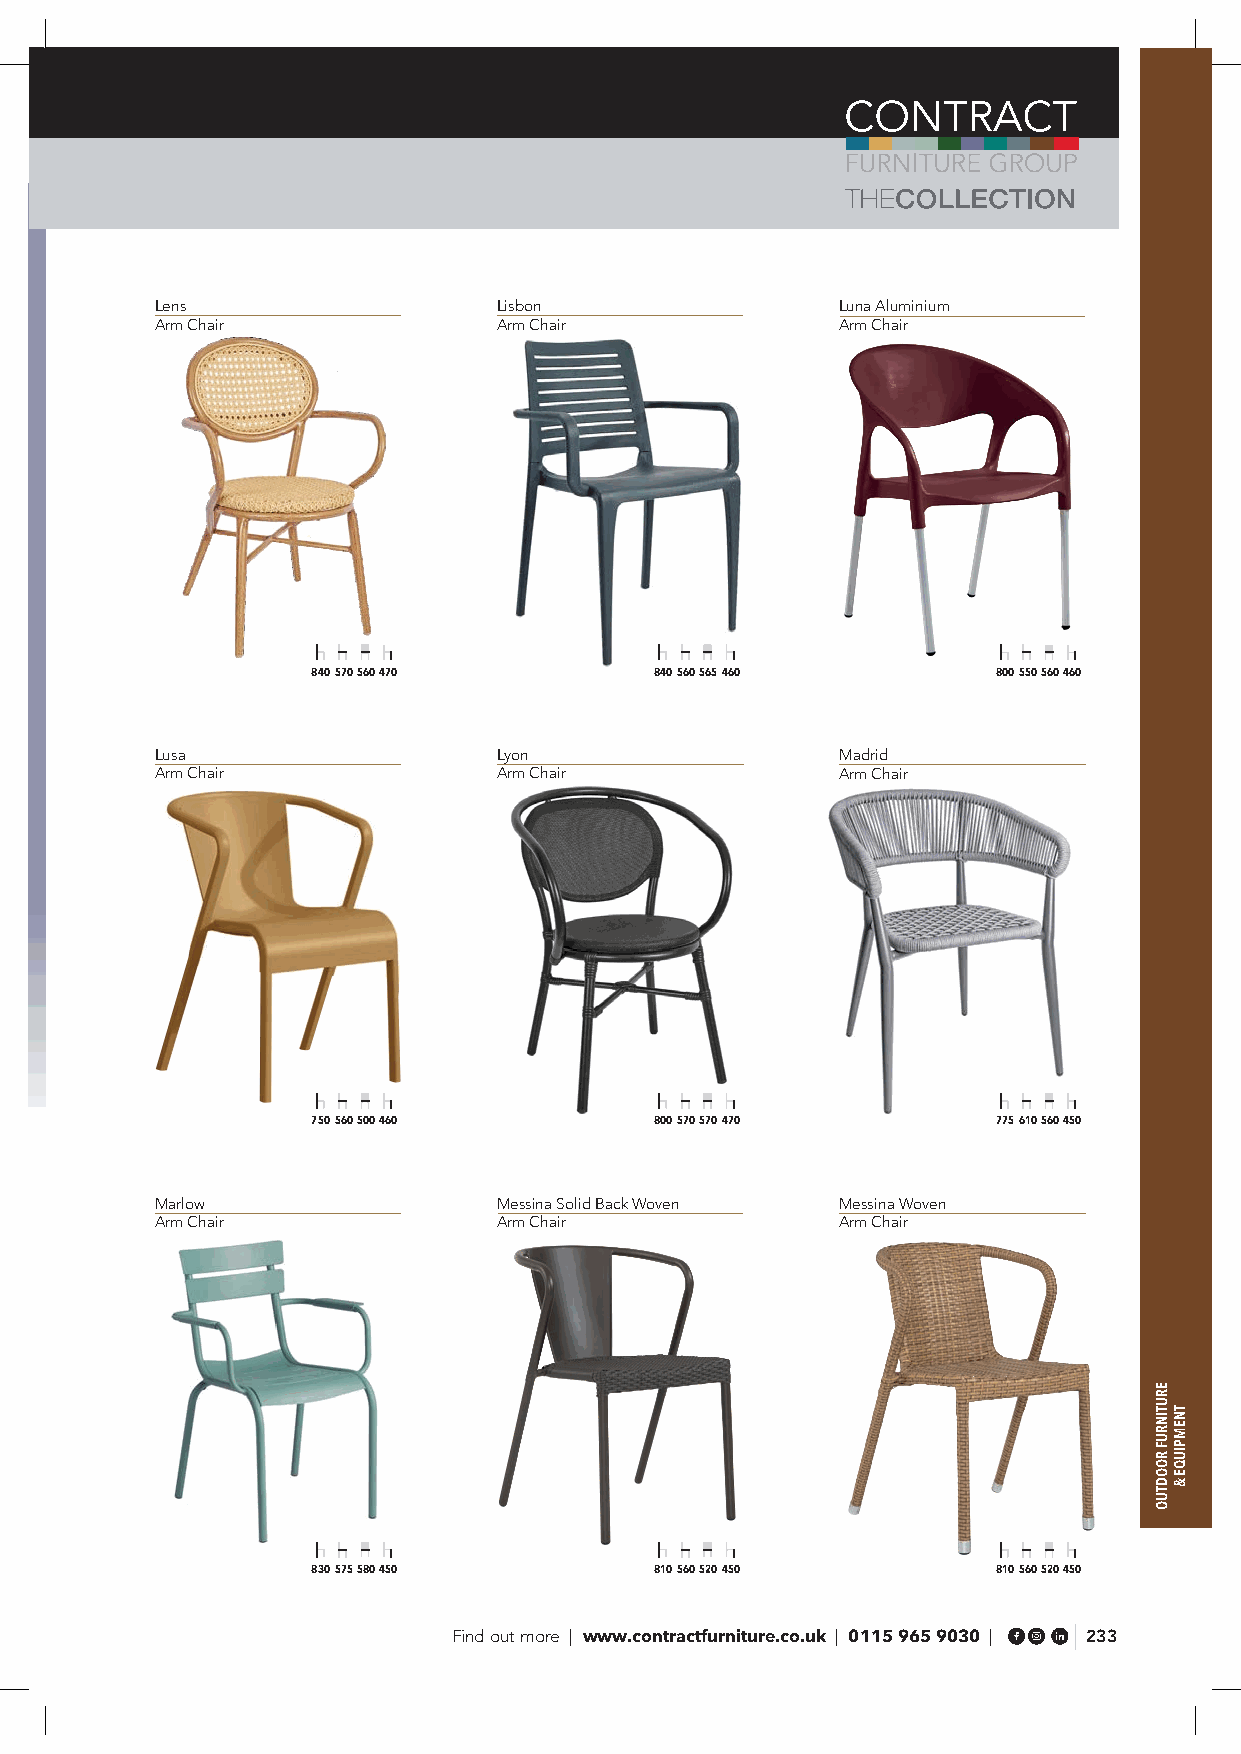
Lens                   Lisbon                 Luna Aluminium
 Arm Chair              Arm Chair              Arm Chair
 840 570 560 470       840 560 565 460        800 550 560 460
 Lusa                   Lyon                   Madrid
 Arm Chair              Arm Chair              Arm Chair
 750 560 500 460       800 570 570 470        775 610 560 450
 Marlow                 Messina Solid Back Woven Messina Woven
 Arm Chair              Arm Chair              Arm Chair
 830 575 580 450       810 560 520 450        810 560 520 450
 Find out more | www.contractfurniture.co.uk | 0115 965 9030 | 233
 ERUTINRUF
 ROODTUO
 TNEMPIUQE
 &